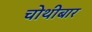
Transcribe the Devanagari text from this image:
चोथीबार